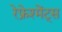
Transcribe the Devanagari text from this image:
रेफ्रेश्मेंट्स